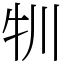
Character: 㸪